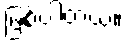
ဖြစ်ပါတယ်။